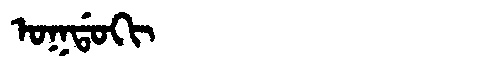
Manchu: ᠣᡴᡩᠣᡴᡳ
Romanization: OKDOKI